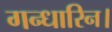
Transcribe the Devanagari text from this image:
गन्धारिन।